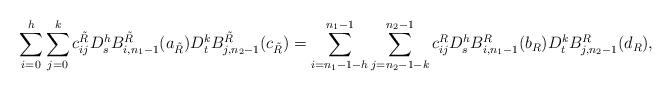
LaTeX: \begin{align*}\sum_{i=0}^{h}\sum_{j=0}^{k}c_{ij}^{\tilde R} D_s^{h}B_{i,n_1-1}^{{\tilde R}}(a_{\tilde R})D_t^{k}B_{j,n_2-1}^{{\tilde R}}(c_{\tilde R})=\sum_{i=n_1-1-h}^{n_1-1}\sum_{j=n_2-1-k}^{n_2-1}c_{ij}^R D_s^{h}B_{i,n_1-1}^{R}(b_R)D_t^{k}B_{j,n_2-1}^{R}(d_R),\end{align*}